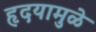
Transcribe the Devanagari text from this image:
हृदयामुळे